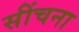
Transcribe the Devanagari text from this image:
सींचना